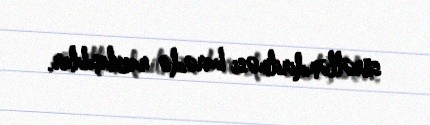
sürətləndirilməsi barədə razılaşıblar.